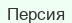
Персия